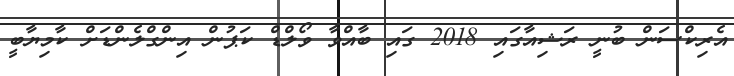
އެރިކްސަން ބުނީ ރަޝިއާގައި 2018 ގައި ބާއްވާ ވޯލްޑް ކަޕުން އިންގްލެންޑަށް ކާމިޔާބީ